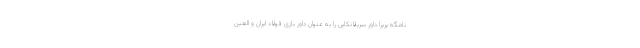
نامگه پریرا داور سریلانکایی را به عنوان داور بازی فولاد ایران و العین